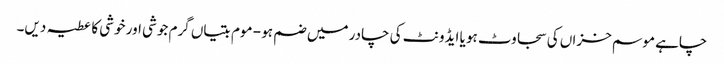
چاہے موسم خزاں کی سجاوٹ ہو یا ایڈونٹ کی چادر میں ضم ہو - موم بتیاں گرم جوشی اور خوشی کا عطیہ دیں۔